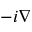
- i \nabla